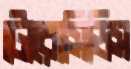
টোরোসিডিস